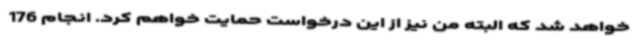
خواهد شد که البته من نیز از این درخواست حمایت خواهم کرد. انجام 176